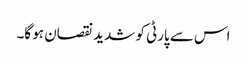
اس سے پارٹی کو شدید نقصان ہو گا۔